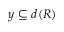
y \subseteq d ( R )